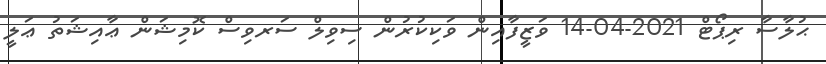
ޙުލާސާ ރިޕޯޓް 2021-04-14 ވަޒީފާއިން ވަކިކުރުން ސިވިލް ސަރވިސް ކޮމިޝަން ޢާއިޝަތު ޢަލީ